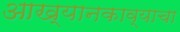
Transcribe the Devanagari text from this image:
आख्यानकाव्याचा